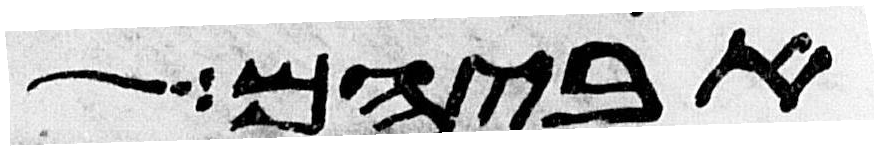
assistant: אביהם